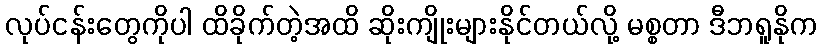
လုပ်ငန်းတွေကိုပါ ထိခိုက်တဲ့အထိ ဆိုးကျိုးများနိုင်တယ်လို့ မစ္စတာ ဒီဘရူနိုက